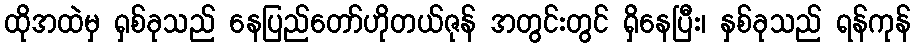
ထိုအထဲမှ ရှစ်ခုသည် နေပြည်တော်ဟိုတယ်ဇုန် အတွင်းတွင် ရှိနေပြီး၊ နှစ်ခုသည် ရန်ကုန်